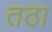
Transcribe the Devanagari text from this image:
तठा